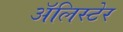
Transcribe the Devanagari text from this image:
अॅलिस्टेर